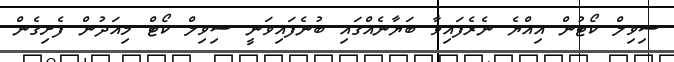
ސިވިލް ކޯޓުން އިއްޔެ ނެރެފައިވާ ބަޔާނެއްގައި ބުނެފައިވަނީ ސިވިލް ކޯޓް މިއަދުން ފެށިގެން